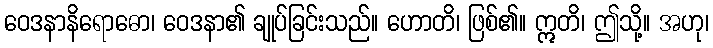
ဝေဒနာနိရောဓော၊ ဝေဒနာ၏ ချုပ်ခြင်းသည်။ ဟောတိ၊ ဖြစ်၏။ ဣတိ၊ ဤသို့။ အဟု၊